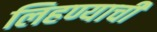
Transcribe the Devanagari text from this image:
लिहण्याची